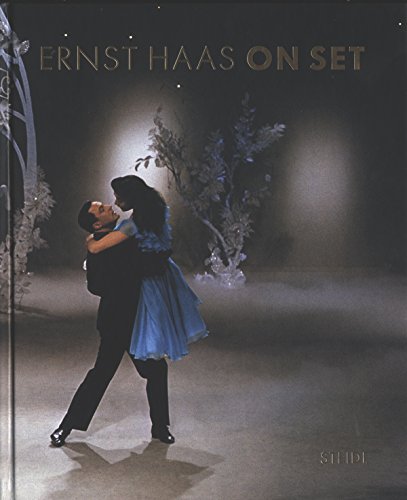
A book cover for Ernst Haas: On Set; Arts & Photography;